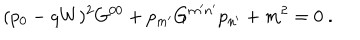
( p _ { 0 } - q W ) ^ { 2 } G ^ { 0 0 } + p _ { m ^ { \prime } } G ^ { m ^ { \prime } n ^ { \prime } } p _ { n ^ { \prime } } + m ^ { 2 } = 0 \ .